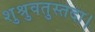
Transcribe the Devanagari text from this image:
शुश्रुवतुस्तदा।